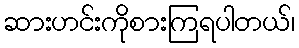
ဆားဟင်းကိုစားကြရပါတယ်၊